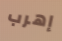
إهرب